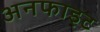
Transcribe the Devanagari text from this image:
अनफाइट